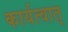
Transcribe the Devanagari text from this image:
कार्यत्वात्